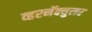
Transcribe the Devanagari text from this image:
व्हरनॅक्युलर